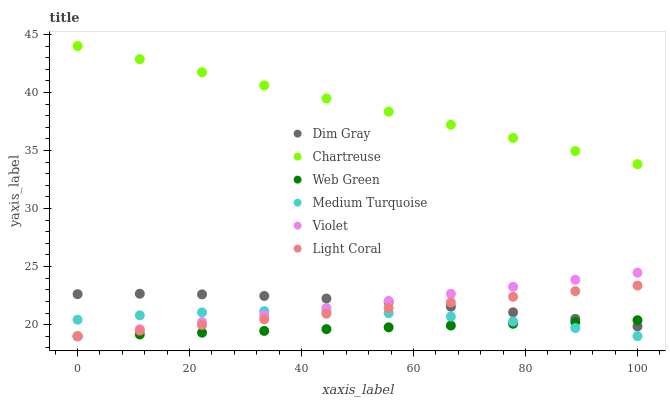
| xaxis_label | Dim Gray | Chartreuse | Web Green | Medium Turquoise | Violet | Light Coral |
 | --- | --- | --- | --- | --- | --- | --- |
 | 0 | 22.6 | 44 | 19 | 20.4 | 19 | 19 |
 | 11.1 | 22.7 | 42.9 | 19.2 | 20.8 | 19.6 | 19.5 |
 | 22.2 | 22.6 | 41.7 | 19.3 | 21.1 | 20.2 | 20 |
 | 33.3 | 22.5 | 40.6 | 19.5 | 21.2 | 20.8 | 20.5 |
 | 44.4 | 22.2 | 39.5 | 19.6 | 21.1 | 21.4 | 20.9 |
 | 55.6 | 21.9 | 38.3 | 19.8 | 21 | 22 | 21.4 |
 | 66.7 | 21.5 | 37.2 | 19.9 | 20.7 | 22.7 | 21.9 |
 | 77.8 | 21.1 | 36.1 | 20.1 | 20.3 | 23.3 | 22.4 |
 | 88.9 | 20.5 | 35 | 20.2 | 19.7 | 23.9 | 22.9 |
 | 100 | 19.8 | 33.8 | 20.4 | 19 | 24.5 | 23.4 |